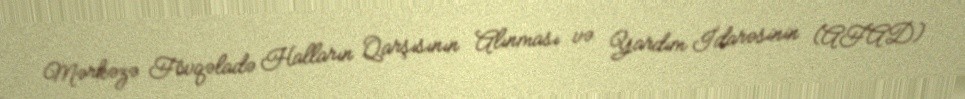
Mərkəzə Fövqəladə Halların Qarşısının Alınması və Yardım İdarəsinin (AFAD)